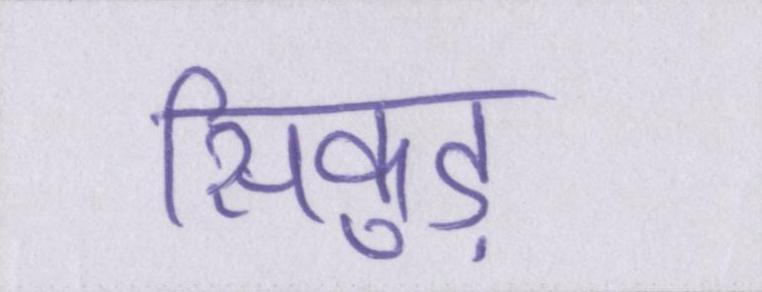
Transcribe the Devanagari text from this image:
सिकुड़